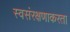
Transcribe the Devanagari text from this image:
स्वसंरक्षणाकरता